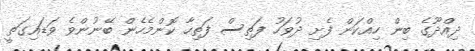
ދިއްދޫގެ ބިން ހިއްކަން ފެށި ދުވަހު ފަތިސް ފަތިހާ ކޮންމެހެން ބޭނުންވެ ވަޑައިގަތީ